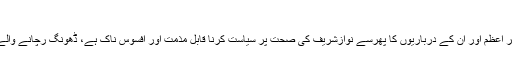
’وزیراعظم کا نواز شریف کی صحت پر سیاست قابل مذمت ہے’
مسلم لیگ (ن) کی ترجمان مریم اورنگ زیب نے اپنے بیان میں کہا کہ وزیر اعظم اور ان کے درباریوں کا پھرسے نوازشریف کی صحت پر سیاست کرنا قابل مذمت اور افسوس ناک ہے، ڈھونگ رچانے والے بتائیں کہ دو مہینے سے انہیں ہسپتالوں میں گھمانے کا ڈراما کیوں کیاگیا۔